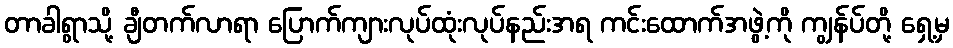
တာခါရွာသို့ ချီတက်လာရာ ပြောက်ကျားလုပ်ထုံးလုပ်နည်းအရ ကင်းထောက်အဖွဲ့ကို ကျွန်ပ်တို့ ရှေ့မှ